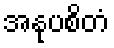
အနုပစိတံ